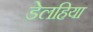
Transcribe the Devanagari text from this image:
डेलहिया